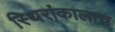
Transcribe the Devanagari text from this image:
स्थिरांकालाच